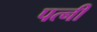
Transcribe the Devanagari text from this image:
पत्नीं